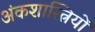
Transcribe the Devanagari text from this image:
अंकशास्त्रियों